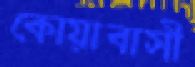
কোয়াবাসী